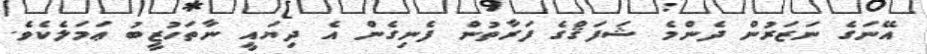
އޭނަގެ ނަޒަރުން ދެންމެ ޝަފަޤްގެ ފަރާތުން ފެނިގެން އެ ދިޔައީ ނާތަހުޒީބު ޢަމަލެކެވެ.